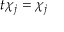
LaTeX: t \chi _ { j } = \chi _ { j }